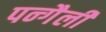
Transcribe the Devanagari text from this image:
पन्गैली